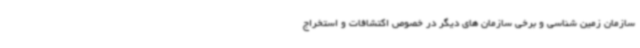
سازمان زمین شناسی و برخی سازمان های دیگر در خصوص اکتشافات و استخراج